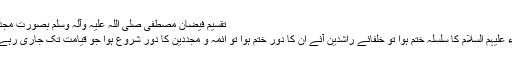
تقسیمِ فیضانِ مصطفی صلی اللہ علیہ وآلہ وسلم بصورتِ مجددین
انبیاء علیہم السلام کا سلسلہ ختم ہوا تو خلفائے راشدین آئے ان کا دور ختم ہوا تو ائمہ و مجددین کا دور شروع ہوا جو قیامت تک جاری رہے گا۔